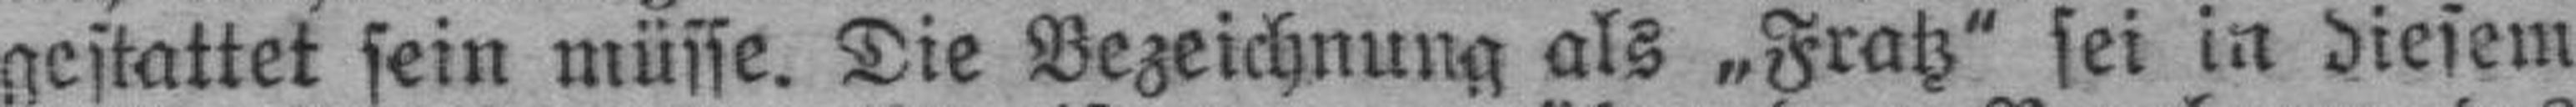
gestattet sein müsse. Die Bezeichnung als „Fratz“ sei in diesem